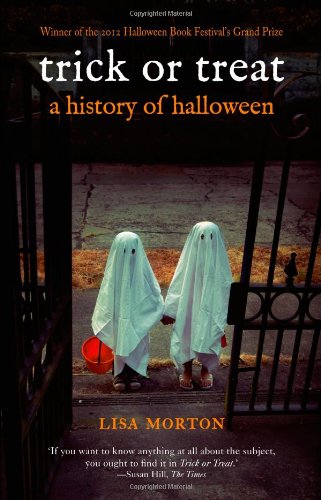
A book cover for Trick or Treat: A History of Halloween; Lisa Morton; Politics & Social Sciences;